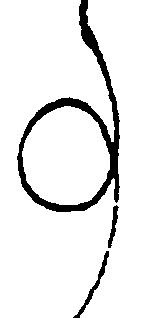
事